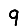
Digit: 9